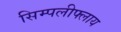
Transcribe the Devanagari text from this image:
सिम्पलीफ्लाय